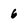
Character: 6